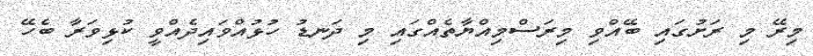
މިރޭ މި ރަށުގައި ބޭއްވި މިރަސްމިއްޔާތެއްގައި މި ދަނޑު ހުޅުއްވައިދެއްވީ ކުޅިވަރާ ބެހޭ